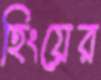
হিংয়ের